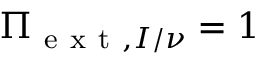
\Pi _ { \mathrm { ~ e ~ x ~ t ~ } , I / \nu } = 1